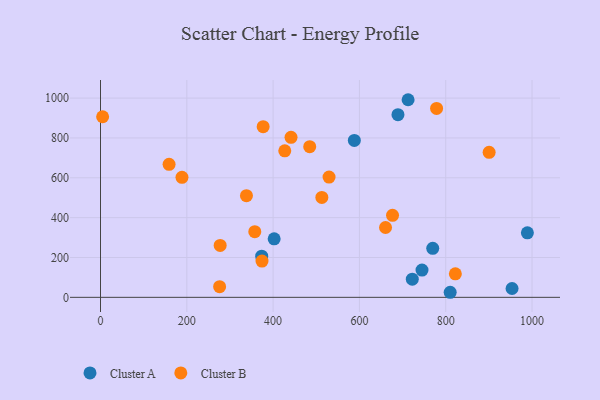
{"axis": {"x": "Speed", "y": "Salary"}, "legend": ["Cluster A", "Cluster B"], "data": [{"x": "712.8", "y": 991.8, "type": "Cluster A"}, {"x": "745.0", "y": 136.9, "type": "Cluster A"}, {"x": "722.5", "y": 91.2, "type": "Cluster A"}, {"x": "402.4", "y": 293.9, "type": "Cluster A"}, {"x": "588.2", "y": 787.7, "type": "Cluster A"}, {"x": "689.3", "y": 916.7, "type": "Cluster A"}, {"x": "373.5", "y": 206.5, "type": "Cluster A"}, {"x": "989.2", "y": 324.0, "type": "Cluster A"}, {"x": "810.3", "y": 25.4, "type": "Cluster A"}, {"x": "953.7", "y": 44.3, "type": "Cluster A"}, {"x": "769.9", "y": 246.0, "type": "Cluster A"}, {"x": "822.3", "y": 118.2, "type": "Cluster B"}, {"x": "4.9", "y": 906.3, "type": "Cluster B"}, {"x": "676.7", "y": 411.5, "type": "Cluster B"}, {"x": "376.9", "y": 856.7, "type": "Cluster B"}, {"x": "277.3", "y": 260.4, "type": "Cluster B"}, {"x": "276.0", "y": 53.5, "type": "Cluster B"}, {"x": "660.5", "y": 350.5, "type": "Cluster B"}, {"x": "441.5", "y": 803.0, "type": "Cluster B"}, {"x": "900.6", "y": 728.0, "type": "Cluster B"}, {"x": "188.8", "y": 602.1, "type": "Cluster B"}, {"x": "778.8", "y": 948.0, "type": "Cluster B"}, {"x": "338.2", "y": 510.0, "type": "Cluster B"}, {"x": "512.9", "y": 501.3, "type": "Cluster B"}, {"x": "357.5", "y": 329.5, "type": "Cluster B"}, {"x": "484.8", "y": 756.1, "type": "Cluster B"}, {"x": "158.9", "y": 667.5, "type": "Cluster B"}, {"x": "427.0", "y": 735.4, "type": "Cluster B"}, {"x": "374.2", "y": 182.2, "type": "Cluster B"}, {"x": "529.6", "y": 603.8, "type": "Cluster B"}]}